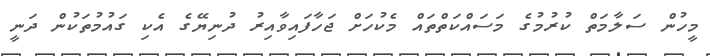
މީހުން ސަލާމަތް ކުރުމުގެ މަސައްކަތްތައް މެކުހަށް ޖަހާފައިވާއިރު ދުނިޔޭގެ އެކި ގައުމުތަކުން ދަނީ